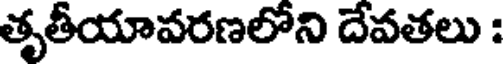
తృతీయావరణలోని దేవతలు :